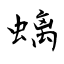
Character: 螭